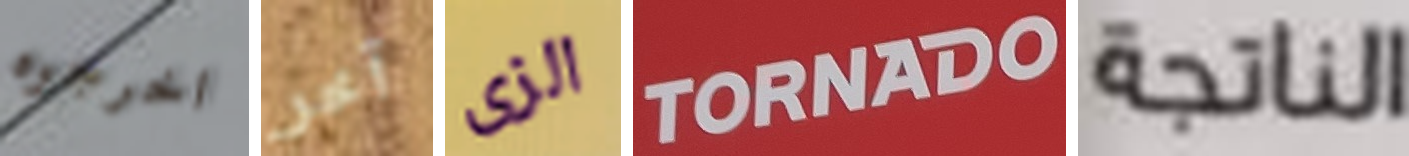
اخرجوه آخر الزى TORNADO الناتجة